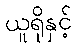
ယူရိုနှင့်